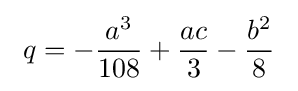
\ q=-{\frac {a^{3}}{108}}+{\frac {ac}{3}}-{\frac {b^{2}}{8}}\